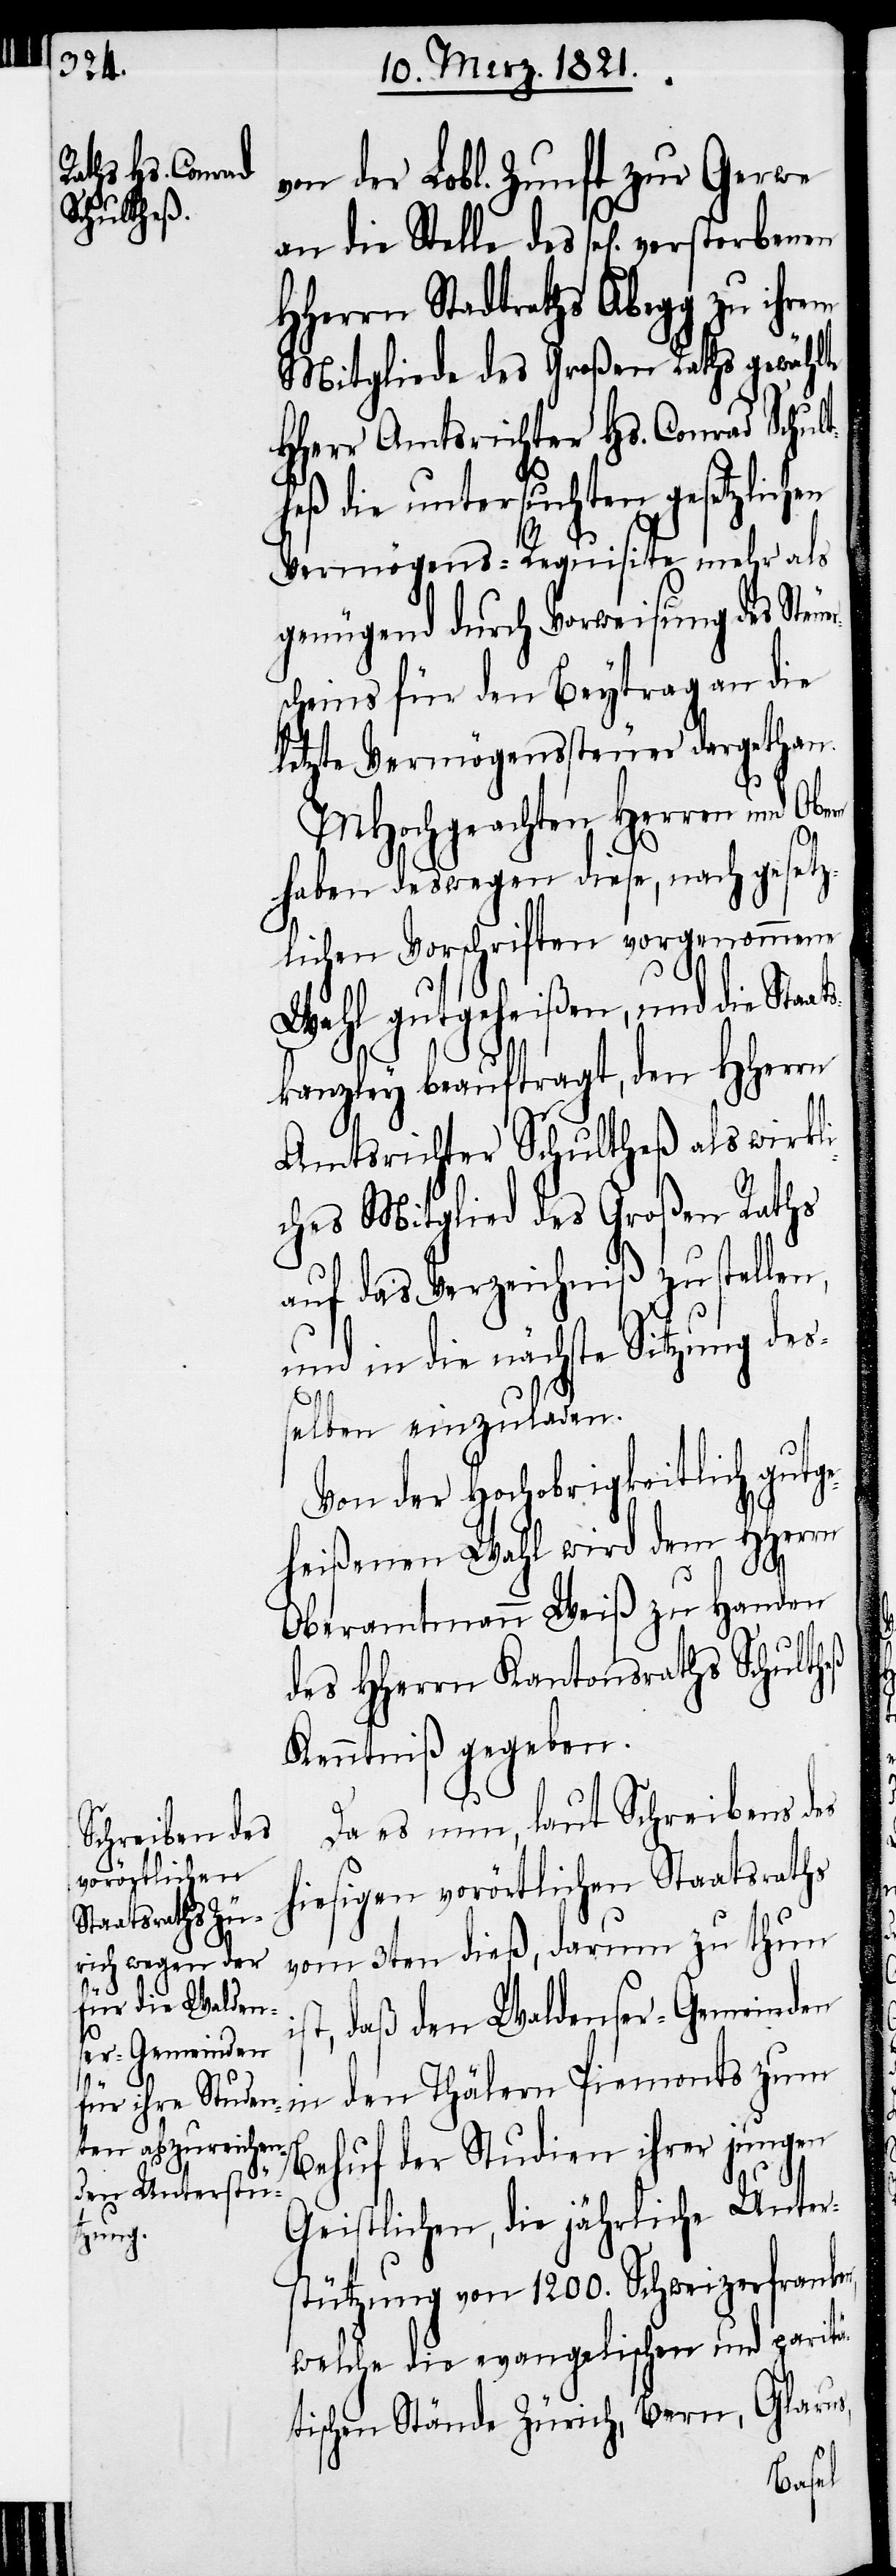
von der Lobl. Zunft zur Gerwe
HHerrn Stadtraths Abegg zu ihrem
Mitgliede des Großen Raths gewählte
HHerr Amtsrichter Hs. Conrad Schul¬
theß die untersuchten gesetzlichen
Vermögens-Requisite mehr als
genügend durch Vorweisung des Steue¬
cheins für den Beytrag an die
letzte Vermögenssteuer dargethan.
MHochgeachten Herren und Obe¬
haben deswegen diese, nach gesetz¬
lichen Vorschriften vorgenommenen
Wahl gutgeheißen, und die Sta¬
kanzley beauftragt, den HHerrn
Amtsrichter Schultheß als wirkli¬
ches Mitglied des Großen Raths
auf das Verzeichniß zu stellen,
und in die nächste Sitzung des¬
des
selben einzuladen.
Von der Hochobrigkeitlich gutg¬
eheißenen Wahl wird dem HHerrn
i¬
Oberamtmann Weiß zu Handen
des HHerrn Kantonsraths Schultheß
Kenntniß gegeben.
Da es nun, laut Schreiben des
hiesigen vorörtlichen Staatsraths
vom 3ten dieß, darum zu thun
st, daß den Waldenser-Gemeinden
in den Thälern Piemonts zum
Behuf der Studien ihrer jungen
Geistlichen, die jährliche Unter¬
stützung von 1200. Schweizerfranken,
welche die evangelischen und paritä¬
tischen Stände Zürich, Bern, Glarus,